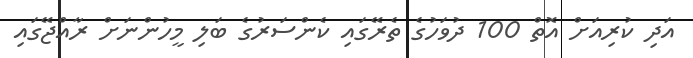
އަދި ކުރިއަށް އޮތް 100 ދުވަހުގެ ތެރޭގައި ކެންސަރުގެ ބަލި މީހުންނަށް ރާއްޖޭގައި